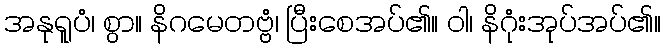
အနုရူပံ၊ စွာ။ နိဂမေတဗ္ဗံ၊ ပြီးစေအပ်၏။ ဝါ၊ နိဂုံးအုပ်အပ်၏။